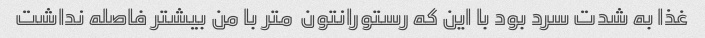
غذا به شدت سرد بود با این که رستورانتون  متر با من بیشتر فاصله نداشت